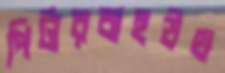
পিটারবাহউথ